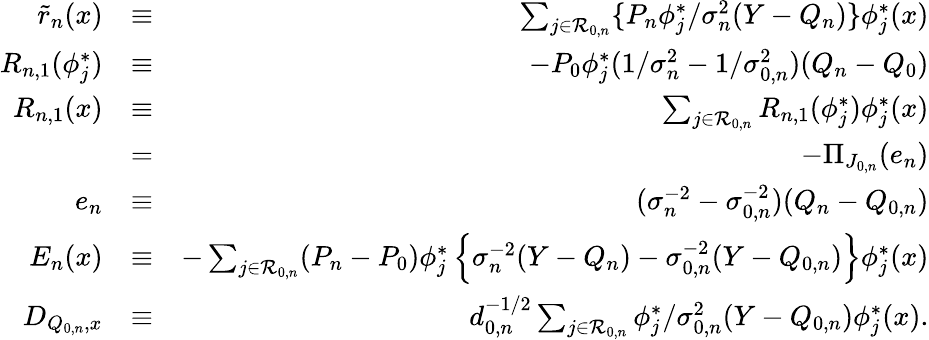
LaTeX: \begin{array}{rlr}{\tilde{r}_{n}(x)}&{\equiv}&{\sum_{j\in{\cal R}_{0,n}}\{ P_{n}\phi_{j}^{*}/\sigma_{n}^{2}(Y-Q_{n})\} \phi_{j}^{*}(x)}\\ {R_{n,1}(\phi_{j}^{*})}&{\equiv}&{-P_{0}\phi_{j}^{*}(1/\sigma_{n}^{2}-1/\sigma_{0,n}^{2})(Q_{n}-Q_{0})}\\ {R_{n,1}(x)}&{\equiv}&{\sum_{j\in{\cal R}_{0,n}}R_{n,1}(\phi_{j}^{*})\phi_{j}^{*}(x)}\\ &{=}&{-\Pi_{J_{0,n}}(e_{n})}\\ {e_{n}}&{\equiv}&{(\sigma_{n}^{-2}-\sigma_{0,n}^{-2})(Q_{n}-Q_{0,n})}\\ {E_{n}(x)}&{\equiv}&{-\sum_{j\in{\cal R}_{0,n}}(P_{n}-P_{0})\phi_{j}^{*}\left\{ \sigma_{n}^{-2}(Y-{Q_{n}})-\sigma_{0,n}^{-2}(Y-Q_{0,n})\right\} \phi_{j}^{*}(x)}\\ {D_{Q_{0,n},x}}&{\equiv}&{d_{0,n}^{-1/2}\sum_{j\in{\cal R}_{0,n}}\phi_{j}^{*}/\sigma_{0,n}^{2}(Y-{Q_{0,n}})\phi_{j}^{*}(x).}\end{array}